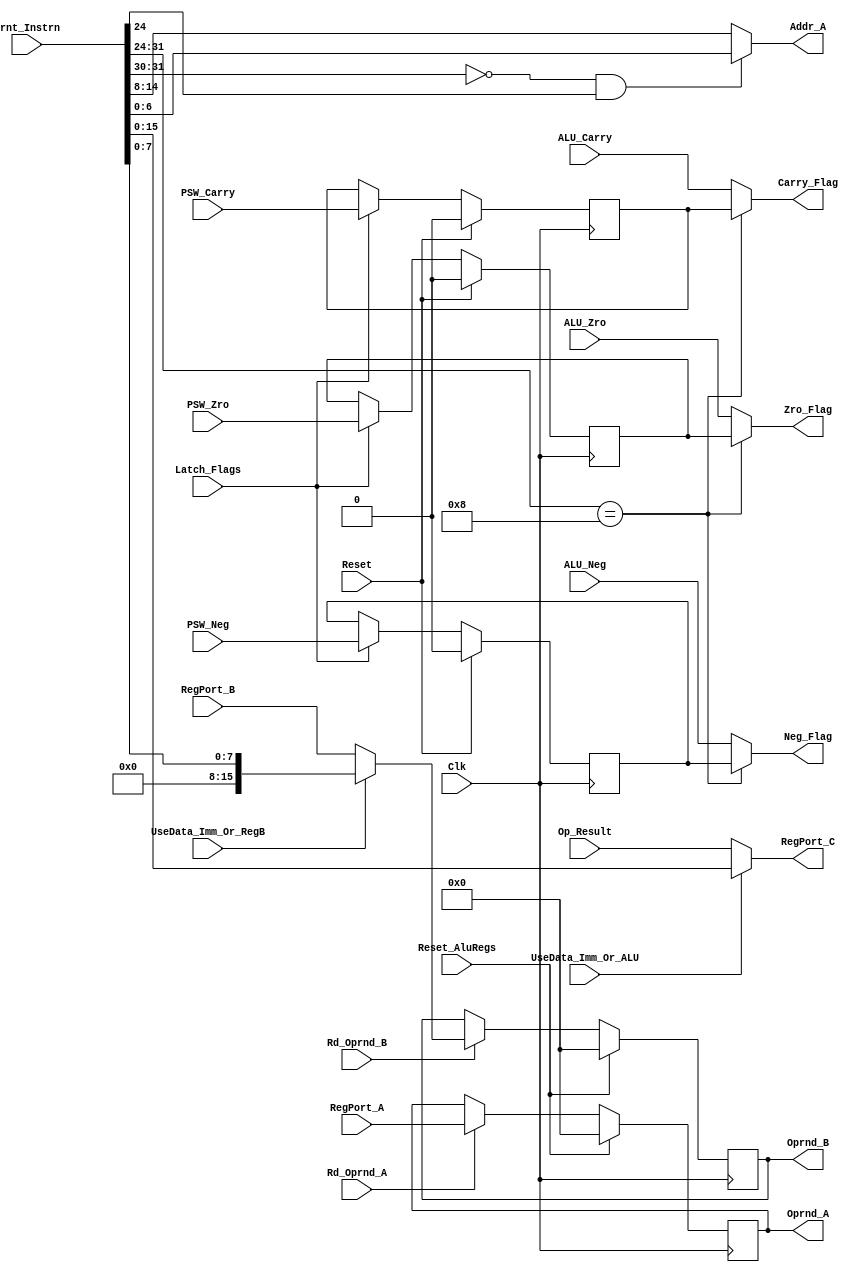
module  DATA_PATH ( 
	Clk,
	Reset,
	Reset_AluRegs,
	Rd_Oprnd_A,
	Rd_Oprnd_B,
	UseData_Imm_Or_RegB,
	UseData_Imm_Or_ALU,
	Latch_Flags,
	ALU_Zro,
	ALU_Neg,
	ALU_Carry,
	PSW_Zro,
	PSW_Neg,
	PSW_Carry,
	Crnt_Instrn,
	RegPort_A,
	RegPort_B,
	Op_Result,
	Zro_Flag,
	Neg_Flag,
	Carry_Flag,
	Addr_A,
	Oprnd_A,
	Oprnd_B,
	RegPort_C
);

input		Clk,			// Clock
		Reset,			// Reset for flags
		Reset_AluRegs,		// Reset alu port registers
		Rd_Oprnd_A,		// From CONTROL;Commands to read operand A & B
		Rd_Oprnd_B,		// into regs at i/p of ALU
		UseData_Imm_Or_RegB,	// Selects Immediate Data(8-bit) from Instrn 
			   		// Latch or from Reg File PortB for ALU input
		UseData_Imm_Or_ALU,	// Selects Immediate Data(16-bit) from Instrn
					// Latch or from ALU Result
		Latch_Flags,		// Enable for latching flags
		ALU_Zro,		// ALU o/p 
		ALU_Neg,		// ALU o/p 
		ALU_Carry,		// ALU o/p 
		PSW_Zro,		// Stack value of Zro flag
		PSW_Neg,		// Stack value of Neg flag
		PSW_Carry;		// Stack value of Carry flag
            
input [31:0]	Crnt_Instrn;		// Instrn under execution from INSTRN_LAT

input [15:0]	RegPort_A,		// RegFile portA data o/p;latched & fed to ALU
		RegPort_B,		// RegFile portB data o/p;latched & fed to ALU
		Op_Result;		// ALU result; latched, then  muxed with 
					// DataImmediate from INSTRN_LAT to feed 
					// the RegFile as RegPort_C

output		Zro_Flag,		// Latched flag 
		Neg_Flag,		// Latched flag
		Carry_Flag;		// Latched flag (Not implemented )

output [6:0]	Addr_A;			// to calculate address for REG_FILE port A  

output [15:0]	Oprnd_A,		// Fed to ALU portA
		Oprnd_B,		// Fed to ALU portB
		RegPort_C;		// I/p to RegFile portC

reg		Zro_Flag,
		Neg_Flag,
		Carry_Flag;

reg [6:0]	Addr_A;

reg [15:0]	Oprnd_A,
		Oprnd_B,
		RegPort_C;

reg	PSWL_Zro, PSWL_Carry, PSWL_Neg;

always @ (posedge Clk)
begin

// Register at ALU input A

	if (Reset_AluRegs)
            Oprnd_A <= 16'b0000000000000000;
        else if (Rd_Oprnd_A)
            Oprnd_A <= RegPort_A;

// Register at ALU input B (Muxing with imm data included here)

        if (Reset_AluRegs)
            Oprnd_B <= 16'b0000000000000000;
        else if (Rd_Oprnd_B) begin
            if (UseData_Imm_Or_RegB)
                Oprnd_B <= {8'b00000000, Crnt_Instrn[7:0]};
            else if (~UseData_Imm_Or_RegB)
                Oprnd_B <= RegPort_B;
	end

        if (Reset) begin
            PSWL_Zro <= 1'b0;
            PSWL_Neg <= 1'b0;
            PSWL_Carry <= 1'b0;
	end
        else if (Latch_Flags) begin
	    PSWL_Zro <= PSW_Zro;
            PSWL_Neg <= PSW_Neg;
	    PSWL_Carry <= PSW_Carry;
        end
            
end

// Mux between latched ALU Result and Immediate data to be loaded into RegFile

always @ (Crnt_Instrn or Op_Result or UseData_Imm_Or_ALU)
begin
       if (UseData_Imm_Or_ALU)
           RegPort_C = Crnt_Instrn[15:0];
       else
           RegPort_C = Op_Result;
end

// Muxing of flags betn popped and ALU outputs - Return instrn alone requires popped flags

always @ (Crnt_Instrn or PSWL_Zro or PSWL_Neg or PSWL_Carry or ALU_Zro or ALU_Neg or ALU_Carry)
begin
        if (Crnt_Instrn[31:24] == 8'b00001000) begin
            Zro_Flag   = PSWL_Zro;
            Neg_Flag   = PSWL_Neg;
            Carry_Flag = PSWL_Carry;
	end
        else begin
            Zro_Flag   = ALU_Zro;
            Neg_Flag   = ALU_Neg;
            Carry_Flag = ALU_Carry;
        end
end

// Added by Anupam to calculate Address for port_A of REG_FILE

always @ (Crnt_Instrn)
begin
       if (Crnt_Instrn[31:30] == 2'b00 & Crnt_Instrn[24] == 1'b1)
          Addr_A = Crnt_Instrn[6:0];
       else
          Addr_A = Crnt_Instrn[14:8];
end

endmodule